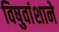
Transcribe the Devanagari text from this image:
विषुवांशाने